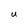
Character: u